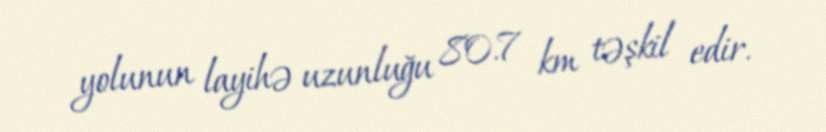
yolunun layihə uzunluğu 80.7 km təşkil edir.